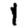
Digit: 1